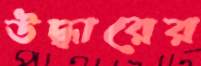
উদ্ধারের